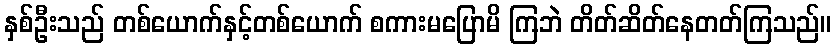
နှစ်ဦးသည် တစ်ယောက်နှင့်တစ်ယောက် စကားမပြောမိ ကြဘဲ တိတ်ဆိတ်နေတတ်ကြသည်။